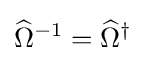
{\widehat {\Omega }}^{-1}={\widehat {\Omega }}^{\dagger }